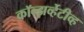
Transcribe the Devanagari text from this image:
कॉन्झर्व्हेटीव्ह